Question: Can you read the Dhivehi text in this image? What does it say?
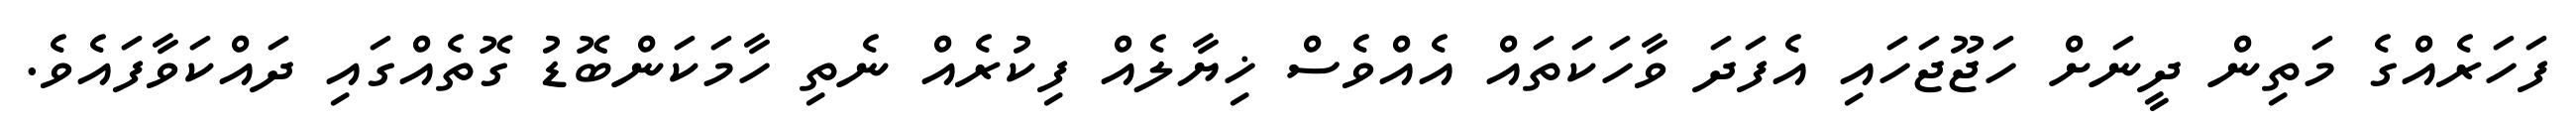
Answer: ފަހަރެއްގެ މަތިން ދީނަށް ހަޖޫޖަހައި އެފަދަ ވާހަކަތައް އެއްވެސް ޚިޔާލެއް ފިކުރެއް ނެތި ހާމަކަންބޮޑު ގޮތެއްގައި ދައްކަވާފައެވެ.